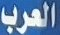
العرب